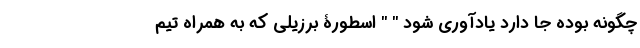
چگونه بوده جا دارد یاد‌آوری شود " " اسطورۀ برزیلی که به همراه تیم